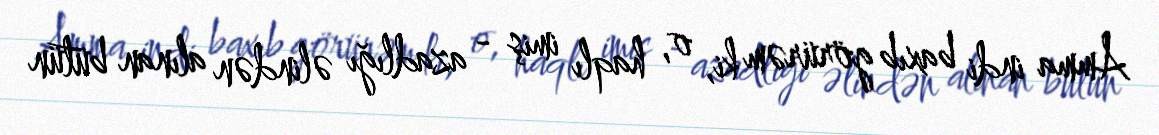
Amma indi baxıb görürəm ki, o, haqlı imiş - azadlığı əlindən alınan bütün